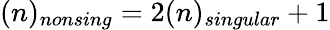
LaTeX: (n)_{nonsing}=2(n)_{singular}+1